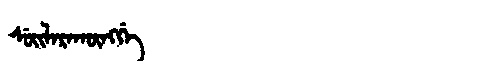
Manchu: ᠰᡠᡳᠯᠠᡵᠠᡴᡡᠩᡤᡝ
Romanization: SUILARAKŪNGGE